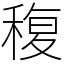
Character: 稪